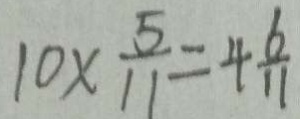
1 0 \times \frac { 5 } { 1 1 } = 4 \frac { 6 } { 1 1 }